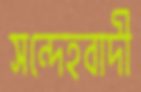
সন্দেহবাদী